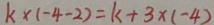
k \times ( - 4 - 2 ) = k + 3 \times ( - 4 )